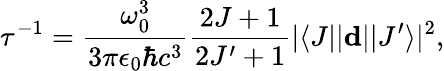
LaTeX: \tau^{-1}=\frac{\omega_{0}^{3}}{3\pi\epsilon_{0}\hbar c^{3}}\frac{2J+1}{2J^{\prime}+1}|\langle J||\mathbf{d}||J^{\prime}\rangle|^{2},